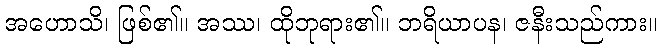
အဟောသိ၊ ဖြစ်၏။ အဿ၊ ထိုဘုရား၏။ ဘရိယာပန၊ ဇနီးသည်ကား။